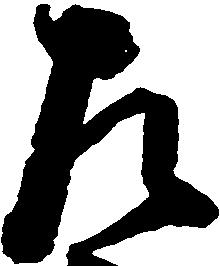
左